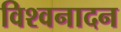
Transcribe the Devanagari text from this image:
विश्वनादन